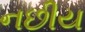
નછીય